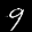
Label: 9